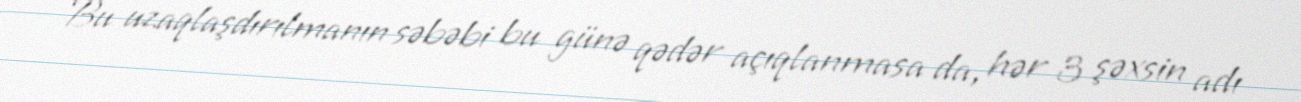
Bu uzaqlaşdırılmanın səbəbi bu günə qədər açıqlanmasa da, hər 3 şəxsin adı